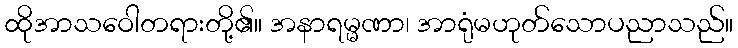
ထိုအာသဝေါတရားတို့၏။ အနာရမ္မဏာ၊ အာရုံမဟုတ်သောပညာသည်။